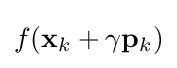
f(\mathbf {x} _{k}+\gamma \mathbf {p} _{k})